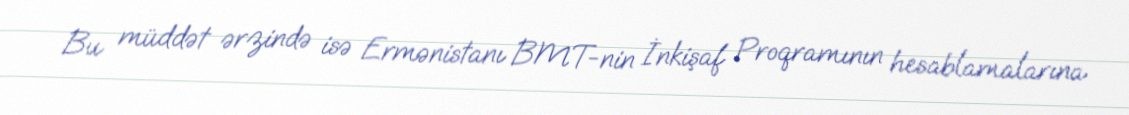
Bu müddət ərzində isə Ermənistanı BMT-nin İnkişaf Proqramının hesablamalarına